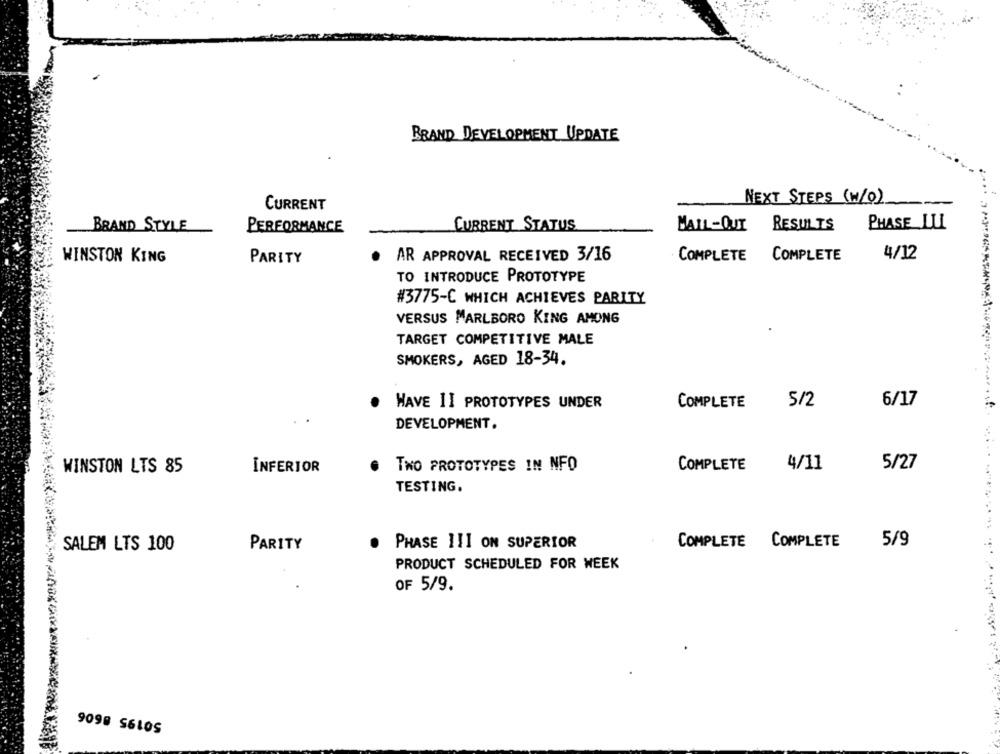
BRAND DEVELOPMENT UPDATE
NEXT STEPS (W/O)
CURRENT
CURRENT STATUS
RESULTS
PHASE LU
BRAND STYLE
PERFORMANCE
MAIL-OUT
· AR APPROVAL RECEIVED 3/16
4/12
WINSTON KING
PARITY
COMPLETE
COMPLETE
TO INTRODUCE PROTOTYPE
#3775-C WHICH ACHIEVES PARITY
VERSUS MARLBORO KING AMONG
TARGET COMPETITIVE MALE
SMOKERS, AGED 18-34.
HAVE II PROTOTYPES UNDER
COMPLETE
5/2
6/17
DEVELOPMENT.
. TWO PROTOTYPES IN NFO
COMPLETE
4/11
5/27
WINSTON LTS 85
INFERIOR
TESTING.
COMPLETE COMPLETE
5/9
SALEM LTS 100
PARITY
. PHASE III ON SUPERIOR
PRODUCT SCHEDULED FOR WEEK
OF 5/9.
9098 56105